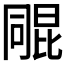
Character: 𣬑